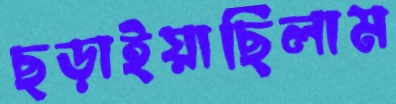
ছড়াইয়াছিলাম